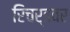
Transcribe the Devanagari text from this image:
रिचर्डवर